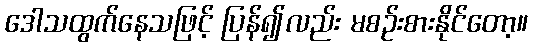
ဒေါသထွက်နေသဖြင့် ပြန်၍လည်း မစဉ်းစားနိုင်တော့။